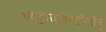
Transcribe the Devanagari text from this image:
भवदुःखविनाशिनीम्